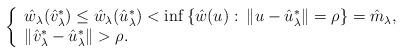
LaTeX: \begin{align*} \left\{ \begin{array}{ll} \hat{w}_\lambda(\hat{v}_\lambda^*)\leq \hat{w}_\lambda(\hat{u}_\lambda^*)<\inf\left\{\hat{w}(u):\: \|u-\hat{u}_\lambda^*\|=\rho\right\}=\hat{m}_\lambda, &\\ \|\hat{v}_\lambda^*-\hat{u}_\lambda^*\|>\rho.& \end{array} \right.\end{align*}